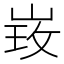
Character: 𱛲